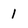
Character: 1